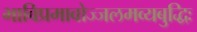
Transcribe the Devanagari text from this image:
भाविप्रमावोज्जलमव्यबुद्धिः